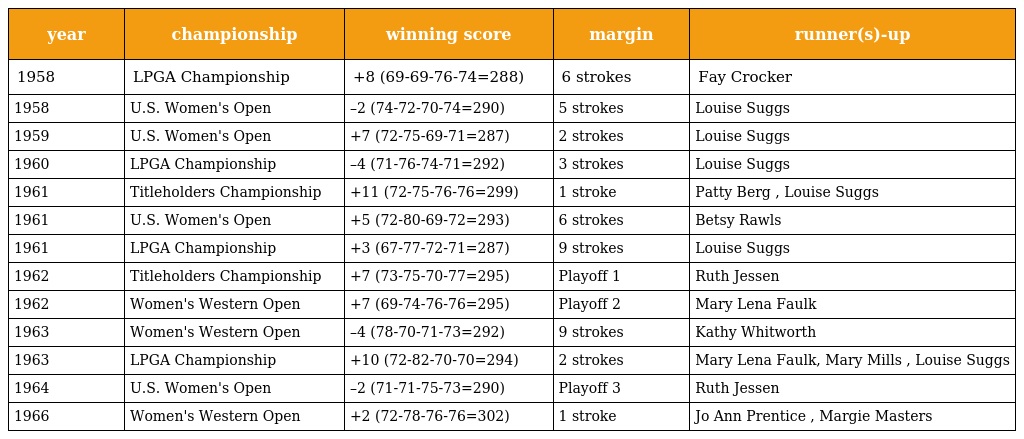
| year | championship | winning score | margin | runner(s)-up |
 | --- | --- | --- | --- | --- |
 | 1958 | LPGA Championship | +8 (69-69-76-74=288) | 6 strokes | Fay Crocker |
 | 1958 | U.S. Women's Open | –2 (74-72-70-74=290) | 5 strokes | Louise Suggs |
 | 1959 | U.S. Women's Open | +7 (72-75-69-71=287) | 2 strokes | Louise Suggs |
 | 1960 | LPGA Championship | –4 (71-76-74-71=292) | 3 strokes | Louise Suggs |
 | 1961 | Titleholders Championship | +11 (72-75-76-76=299) | 1 stroke | Patty Berg , Louise Suggs |
 | 1961 | U.S. Women's Open | +5 (72-80-69-72=293) | 6 strokes | Betsy Rawls |
 | 1961 | LPGA Championship | +3 (67-77-72-71=287) | 9 strokes | Louise Suggs |
 | 1962 | Titleholders Championship | +7 (73-75-70-77=295) | Playoff 1 | Ruth Jessen |
 | 1962 | Women's Western Open | +7 (69-74-76-76=295) | Playoff 2 | Mary Lena Faulk |
 | 1963 | Women's Western Open | –4 (78-70-71-73=292) | 9 strokes | Kathy Whitworth |
 | 1963 | LPGA Championship | +10 (72-82-70-70=294) | 2 strokes | Mary Lena Faulk, Mary Mills , Louise Suggs |
 | 1964 | U.S. Women's Open | –2 (71-71-75-73=290) | Playoff 3 | Ruth Jessen |
 | 1966 | Women's Western Open | +2 (72-78-76-76=302) | 1 stroke | Jo Ann Prentice , Margie Masters |